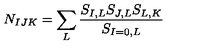
N _ { I J K } = \sum _ { L } { \frac { { S _ { I , L } S _ { J , L } S _ { L , K } } } { S _ { I = 0 , L } } }